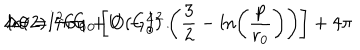
LaTeX: \Delta \theta = 4 \pi G _ { 0 } \left[ U - I ^ { 2 } \left( \frac { 3 } { 2 } - \ln \left( \frac { p } { r _ { 0 } } \right) \right) \right] + 4 \pi \hspace { 0 . 1 c m } \ln ( 2 ) I ^ { 2 } G _ { 0 } + O ( G _ { 0 } ^ { 2 } ) \, .